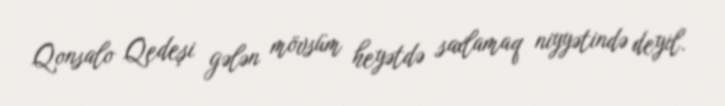
Qonsalo Qedeşi gələn mövsüm heyətdə saxlamaq niyyətində deyil.